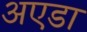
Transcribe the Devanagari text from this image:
अएडा